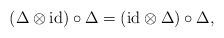
LaTeX: \begin{align*}(\Delta\otimes \mathrm{id})\circ \Delta= (\mathrm{id}\otimes \Delta)\circ \Delta ,\end{align*}